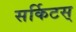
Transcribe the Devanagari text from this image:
सर्किटस्